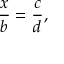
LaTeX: { \frac { x } { b } } = { \frac { c } { d } } ,